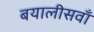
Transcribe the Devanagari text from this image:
बयालीसवाँ